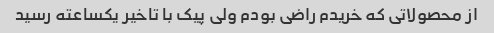
از محصولاتی که خریدم راضی بودم ولی پیک با تاخیر یکساعته رسید